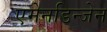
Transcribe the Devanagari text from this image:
एमेनडिन्जेन